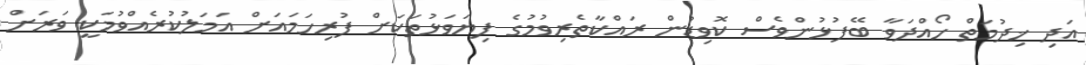
އަދި ޚިދުމަތް ހޯއްދަވާ ބޭފުޅުންވެސް ކޮވިޑުން ރައްކާތެރިވުމުގެ ފިޔަވަޅުތަކަށް ފުރިހަމައަށް އަމަލުކުރެއްވުމަކީ ވަރަށް